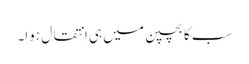
سب کا بچپن میں ہی اِنتقال ہوا۔